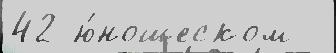
42 ю́ношеском